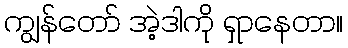
ကျွန်တော် အဲ့ဒါကို ရှာနေတာ။